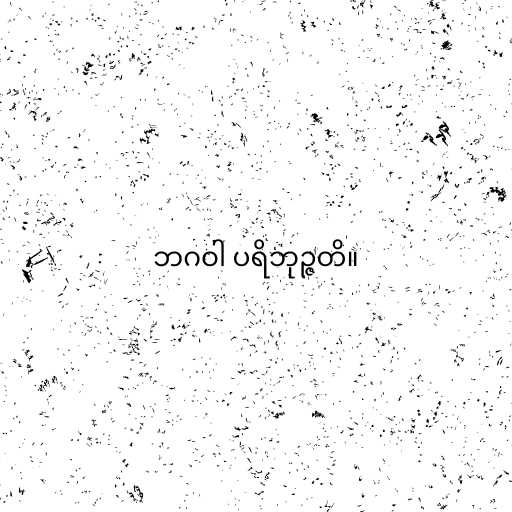
ဘဂဝါ ပရိဘုဉ္ဇတိ။